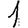
Digit: 1